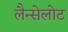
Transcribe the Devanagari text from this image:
लैन्सेलोट